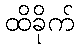
ထိခိုက်